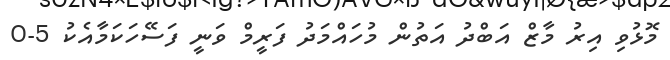
މޮޅުވި އިރު މާޒް އަބްދު އަތުން މުހައްމަދު ފަރީމް ވަނީ ފަސޭހަކަމާއެކު 5-0